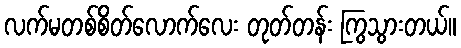
လက်မတစ်စိတ်လောက်လေး တုတ်တန်း ကြွသွားတယ်။